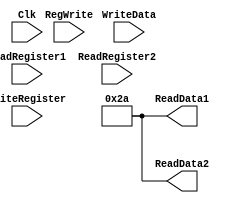
//------------------------------------------------------------------------------
// MIPS register file
//   width: 32 bits
//   depth: 32 words (reg[0] is static zero register)
//   2 asynchronous read ports
//   1 synchronous, positive edge triggered write port
//------------------------------------------------------------------------------

module regfile
(
output[31:0]	ReadData1,	// Contents of first register read
output[31:0]	ReadData2,	// Contents of second register read
input[31:0]	WriteData,	// Contents to write to register
input[4:0]	ReadRegister1,	// Address of first register to read
input[4:0]	ReadRegister2,	// Address of second register to read
input[4:0]	WriteRegister,	// Address of register to write
input		RegWrite,	// Enable writing of register when High
input		Clk		// Clock (Positive Edge Triggered)
);

  // These two lines are clearly wrong.  They are included to showcase how the 
  // test harness works. Delete them after you understand the testing process, 
  // and replace them with your actual code.
  assign ReadData1 = 42;
  assign ReadData2 = 42;

endmodule